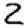
Digit: 2